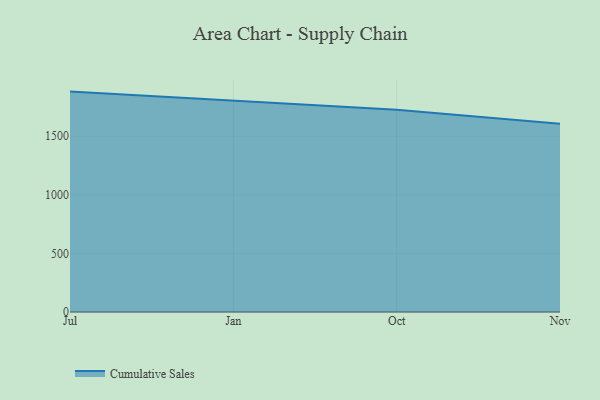
{"axis": {"x": "Month", "y": "Backlog"}, "legend": ["Cumulative Sales"], "data": [{"x": "Jul", "y": 1881.5, "type": "Cumulative Sales"}, {"x": "Jan", "y": 1806.0, "type": "Cumulative Sales"}, {"x": "Oct", "y": 1725.6, "type": "Cumulative Sales"}, {"x": "Nov", "y": 1607.6, "type": "Cumulative Sales"}]}